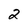
Character: 2